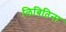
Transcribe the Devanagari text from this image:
लिबितिना